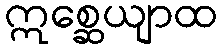
ဣစ္ဆေယျာထ